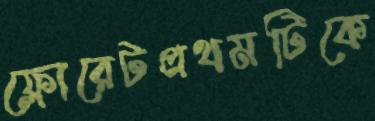
ফ্লোরেটপ্রথমটিকে